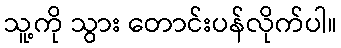
သူ့ကို သွား တောင်းပန်လိုက်ပါ။